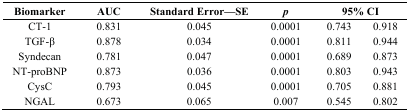
| Biomarker | AUC | Standard Error—SE | p | <COLSPAN=2> 95% CI |
 | --- | --- | --- | --- | --- | --- |
 | CT-1 | 0.831 | 0.045 | 0.0001 | 0.743 | 0.918 |
 | TGF-β | 0.878 | 0.034 | 0.0001 | 0.811 | 0.944 |
 | Syndecan | 0.781 | 0.047 | 0.0001 | 0.689 | 0.873 |
 | NT-proBNP | 0.873 | 0.036 | 0.0001 | 0.803 | 0.943 |
 | CysC | 0.793 | 0.045 | 0.0001 | 0.705 | 0.881 |
 | NGAL | 0.673 | 0.065 | 0.007 | 0.545 | 0.802 |